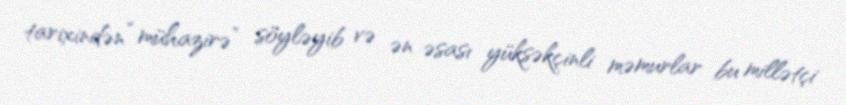
tarixindən “mühazirə” söyləyib və ən əsası yüksəkçinli məmurlar bu millətçi